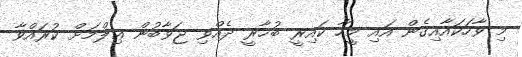
މި ވާހަކައާއިގެން އައި މީހާ ކައިރީ ބުޚާރީ ދެއްވި ޖަވާބުން ޢިލްމަށް ކުރައްވާ